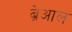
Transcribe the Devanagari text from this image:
ब्रेआल